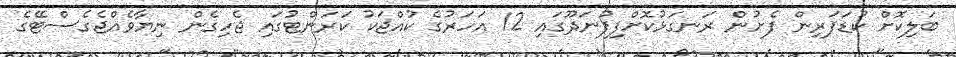
ބަލިކޮށް ކުޑަފަރިން ފެށުން ރަނގަޅުކޮށްފިފުނަދޫގައި 12 އަހަރުގެ ކުއްޖަކު ކަރަންޓުގައި ޖެހިގެން ނިޔާވެއްޖެގެސްޓޭގެ